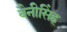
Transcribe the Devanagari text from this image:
बैनीसिंह